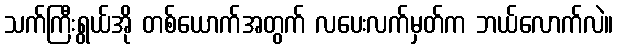
သက်ကြီးရွယ်အို တစ်ယောက်အတွက် လပေးလက်မှတ်က ဘယ်လောက်လဲ။